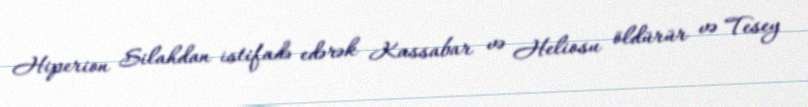
Hiperion Silahdan istifadə edərək Kassabar və Heliosu öldürür və Tesey